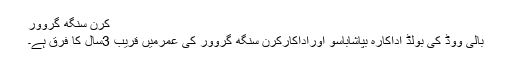
کرن سنگھ گروور
بالی ووڈ کی بولڈ اداکارہ بپاشاباسو اوراداکارکرن سنگھ گروور کی عمرمیں قریب 3سال کا فرق ہے۔